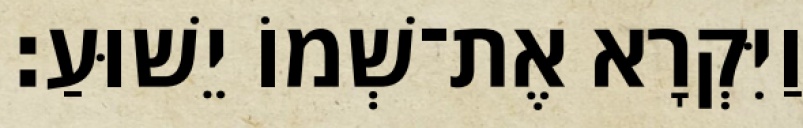
וַיִּקְרָא אֶת־שְׁמוֹ יֵשׁוּעַ׃